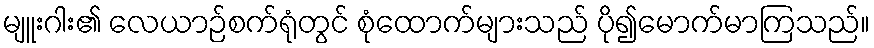
မျူးဂါး၏ လေယာဉ်စက်ရုံတွင် စုံထောက်များသည် ပို၍မောက်မာကြသည်။